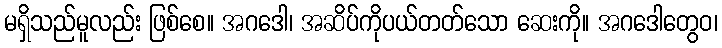
မရှိသည်မူလည်း ဖြစ်စေ။ အဂဒေါ၊ အဆိပ်ကိုပယ်တတ်သော ဆေးကို။ အဂဒေါတွေဝ၊